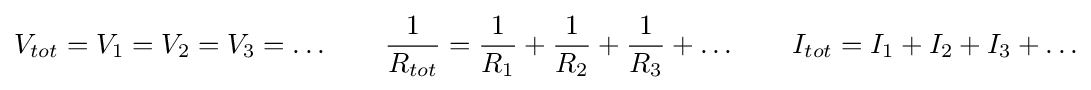
V_{tot}=V_{1}=V_{2}=V_{3}=\ldots \qquad {1 \over R_{tot}}={1 \over R_{1}}+{1 \over R_{2}}+{1 \over R_{3}}+\ldots \qquad I_{tot}=I_{1}+I_{2}+I_{3}+\ldots